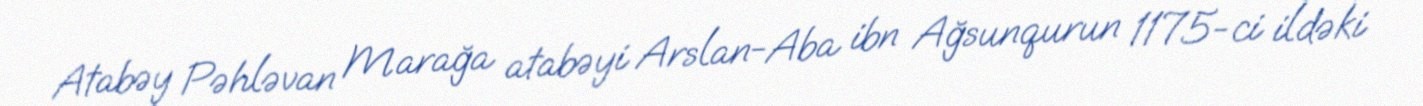
Atabəy Pəhləvan Marağa atabəyi Arslan-Aba ibn Ağsunqurun 1175-ci ildəki